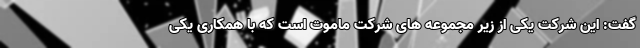
گفت: این شرکت یکی از زیر مجموعه های شرکت ماموت است که با همکاری یکی